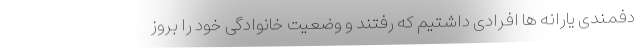
دفمندی یارانه ها افرادی داشتیم که رفتند و وضعیت خانوادگی خود را بروز